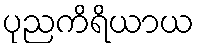
ပုညကိရိယာယ